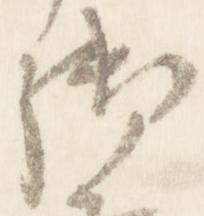
御